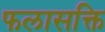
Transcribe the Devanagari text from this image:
फलासक्ति